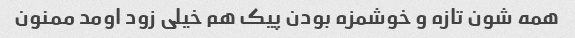
همه شون تازه و خوشمزه بودن پیک هم خیلی زود اومد ممنون